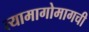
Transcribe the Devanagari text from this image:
त्यामागोमागची